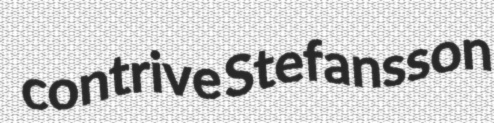
contrive Stefansson